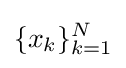
\{x_{k}\}_{k=1}^{N}